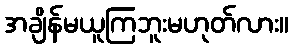
အချိန်မယူကြဘူးမဟုတ်လား။